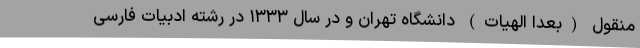
منقول (بعداً الهیات) دانشگاه تهران و در سال ۱۳۳۳ در رشته ادبیات فارسی